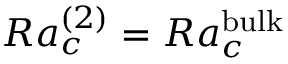
R a _ { c } ^ { ( 2 ) } = R a _ { c } ^ { \mathrm { \tiny { b u l k } } }